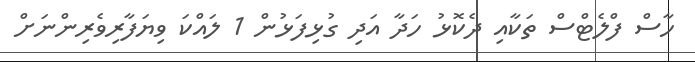
ހާސް ފްލެޓްސް ތަކާއި ދެކޮޅު ހަދާ އަދި ގުޅިފަޅުން 1 ލައްކަ ވިޔަފާރިވެރިންނަށް